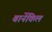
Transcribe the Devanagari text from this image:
बार्नेकिल